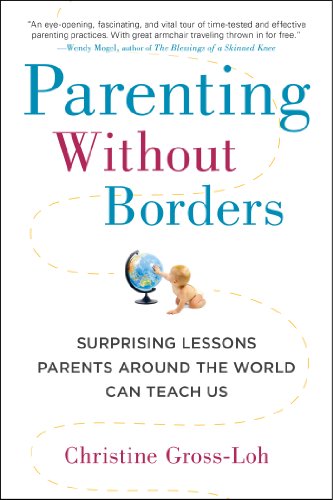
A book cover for Parenting Without Borders: Surprising Lessons Parents Around the World Can Teach Us; Christine Gross-Loh Ph.D; Politics & Social Sciences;